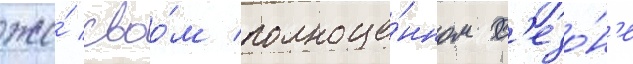
же́ своо́м полноце́нном с'езо́н'е